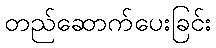
တည်ဆောက်ပေးခြင်း